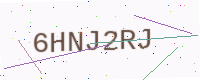
Text: 6HNJ2RJ